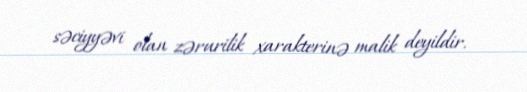
səciyyəvi olan zərurilik xarakterinə malik deyildir.